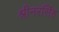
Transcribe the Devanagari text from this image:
श्रीनरसिंह